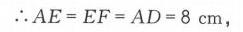
\(\therefore AE = EF = AD = 8\mathrm{cm}\)